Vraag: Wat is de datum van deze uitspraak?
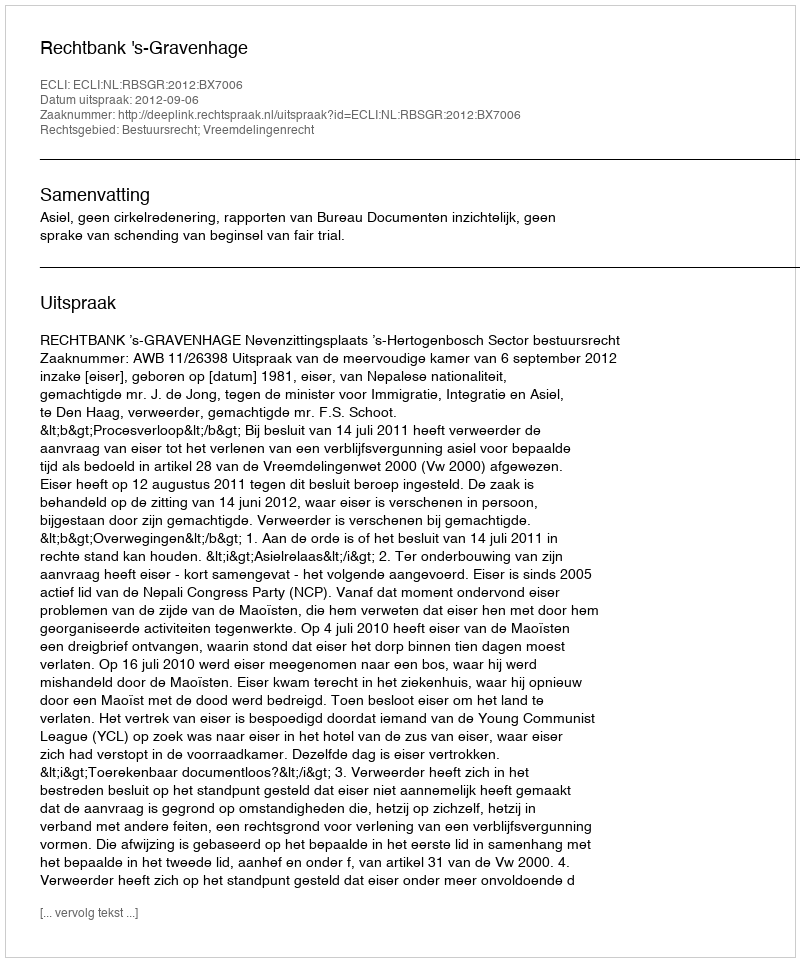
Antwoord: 2012-09-06